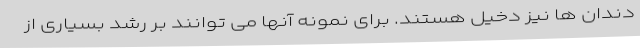
دندان ها نیز دخیل هستند. برای نمونه آنها می توانند بر رشد بسیاری از